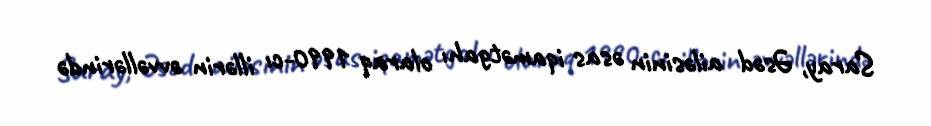
Saray, Əsəd ailəsinin əsas iqamətgahı olaraq 1990-cı illərin əvvəllərində